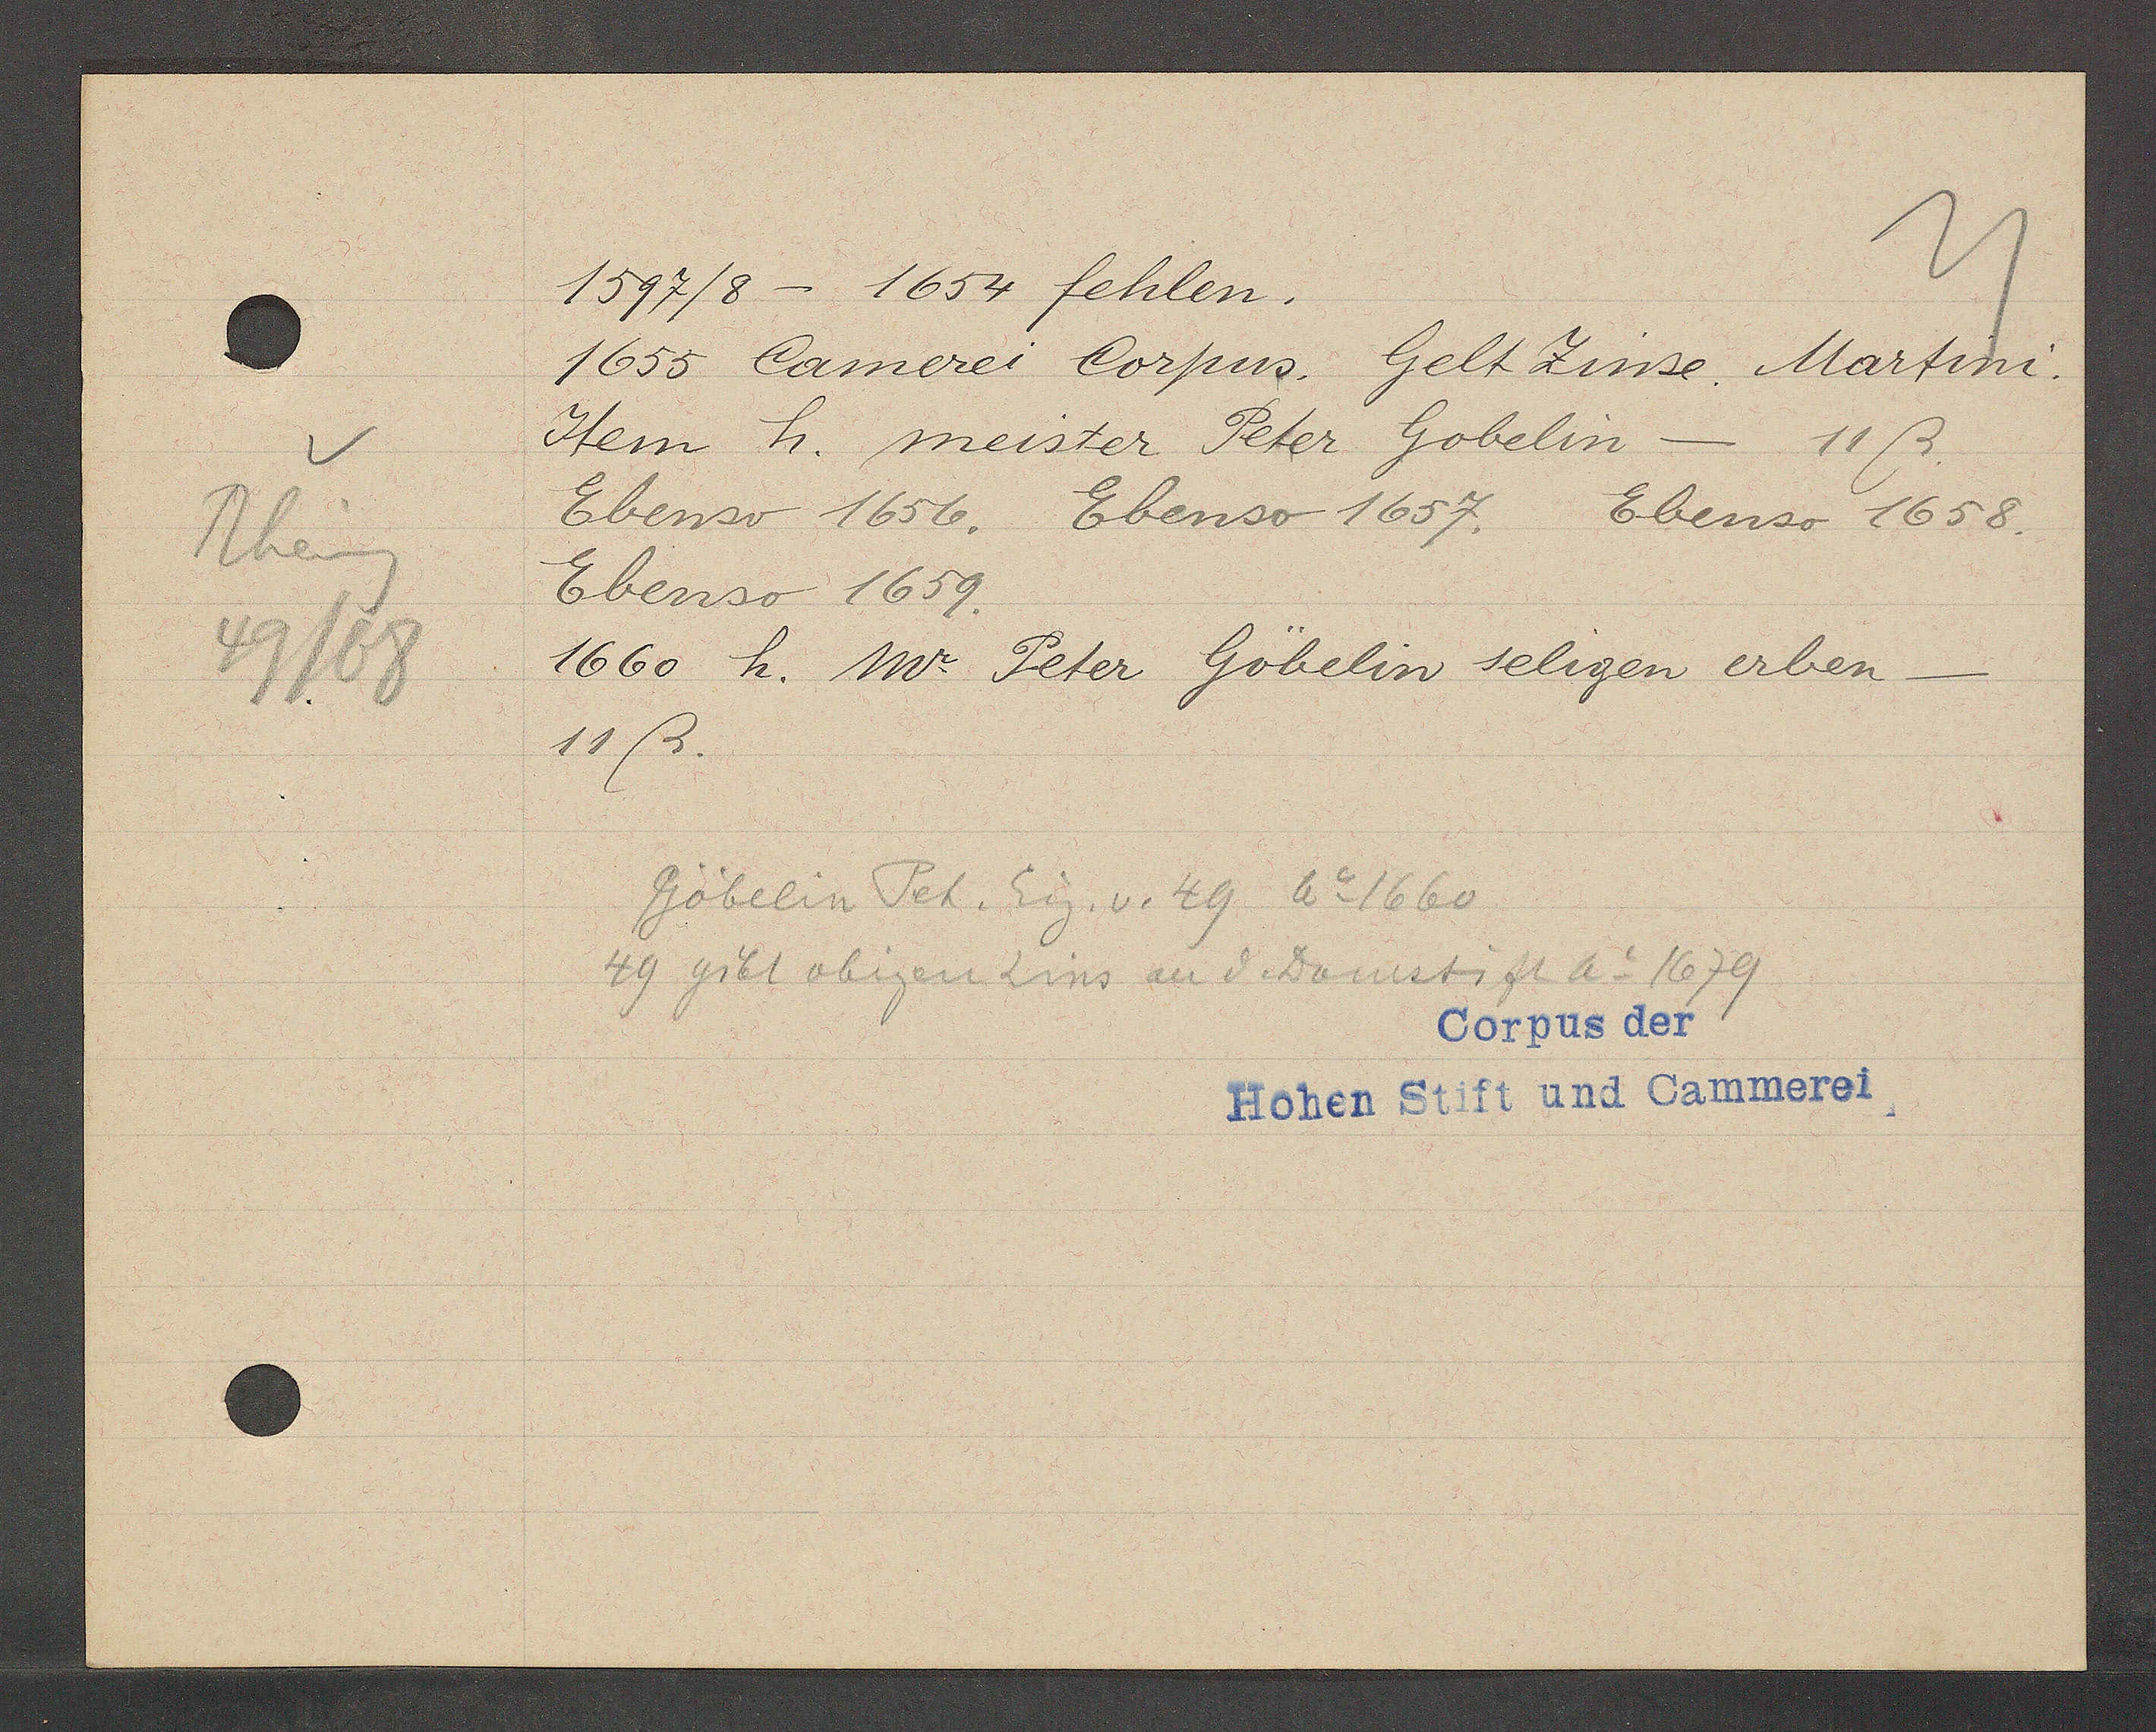
Transcript:
Rheing
49/68

1597/8 - 1654 fehlen.

1655 Camerei Corpus. Gelt Zinse. Martini.
Item h. meister Peter Gobelin - 11ß.
Ebenso 1656. Ebenso 1657. Ebenso 1658.
Ebenso 1659.
1660 h. W. Peter Göbelin seligen erben-
11ß.

Göbelin Pet. Eig. v. 49 Ao 1660
49 gibt obigen Zins an d Domstift Ao 1679

Corpus der
Hohen Stift und Cammerei